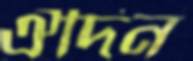
ঐদিন